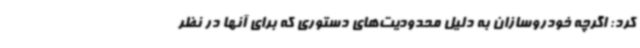
کرد: اگرچه خودروسازان به دلیل محدودیت‌های دستوری که برای آنها در نظر